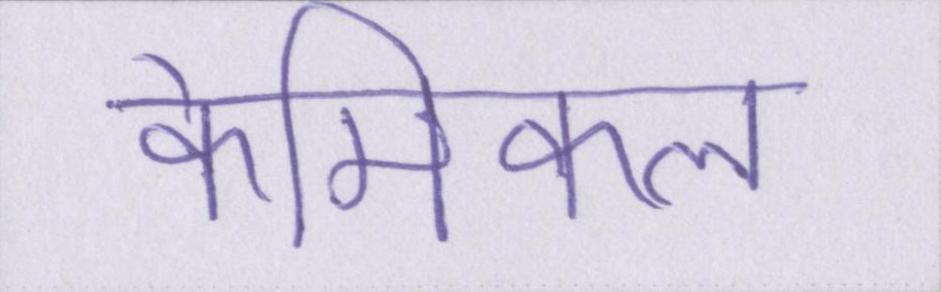
केमिकल